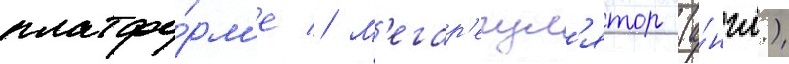
платфо́рм'е // М'егар'егул'ятор (а́нгл.)